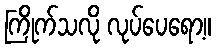
ကြိုက်သလို လုပ်ပေရော့။